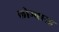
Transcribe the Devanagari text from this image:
लोम्बारड